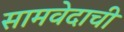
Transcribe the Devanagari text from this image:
सामवेदाची